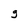
Character: g